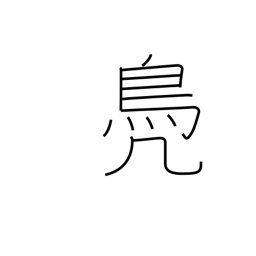
Meaning: suffix